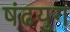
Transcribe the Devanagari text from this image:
षंढयुग